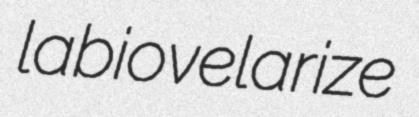
labiovelarize